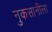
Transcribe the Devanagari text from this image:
नुकसानीला